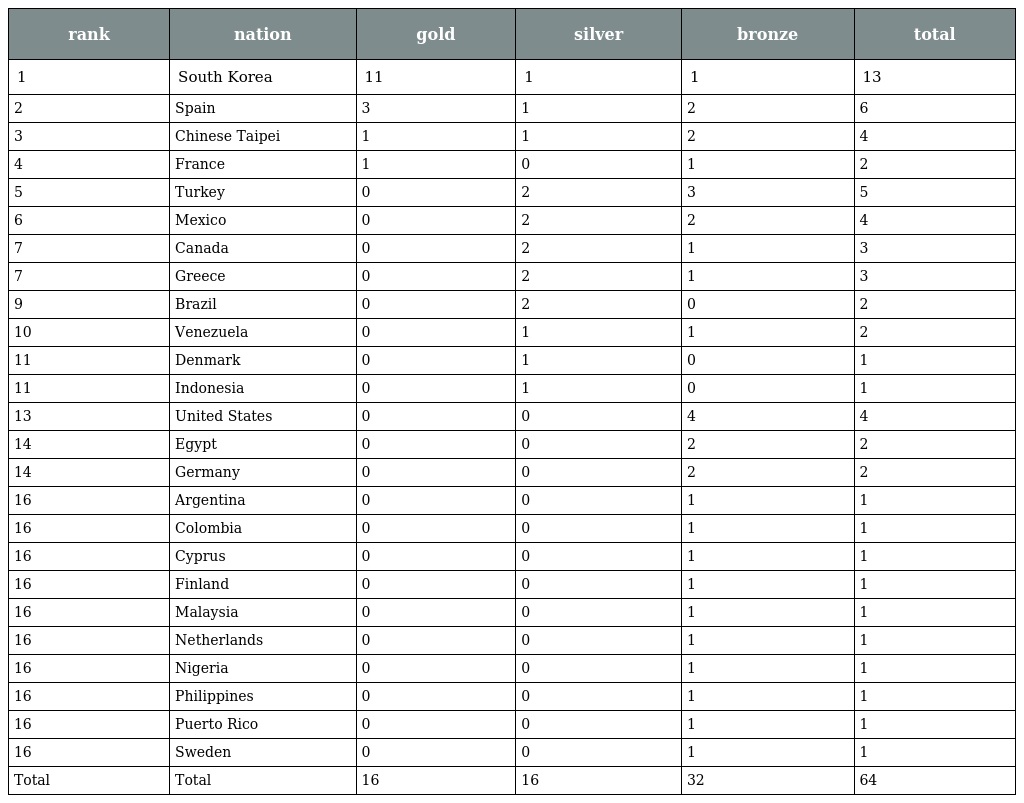
| rank | nation | gold | silver | bronze | total |
 | --- | --- | --- | --- | --- | --- |
 | 1 | South Korea | 11 | 1 | 1 | 13 |
 | 2 | Spain | 3 | 1 | 2 | 6 |
 | 3 | Chinese Taipei | 1 | 1 | 2 | 4 |
 | 4 | France | 1 | 0 | 1 | 2 |
 | 5 | Turkey | 0 | 2 | 3 | 5 |
 | 6 | Mexico | 0 | 2 | 2 | 4 |
 | 7 | Canada | 0 | 2 | 1 | 3 |
 | 7 | Greece | 0 | 2 | 1 | 3 |
 | 9 | Brazil | 0 | 2 | 0 | 2 |
 | 10 | Venezuela | 0 | 1 | 1 | 2 |
 | 11 | Denmark | 0 | 1 | 0 | 1 |
 | 11 | Indonesia | 0 | 1 | 0 | 1 |
 | 13 | United States | 0 | 0 | 4 | 4 |
 | 14 | Egypt | 0 | 0 | 2 | 2 |
 | 14 | Germany | 0 | 0 | 2 | 2 |
 | 16 | Argentina | 0 | 0 | 1 | 1 |
 | 16 | Colombia | 0 | 0 | 1 | 1 |
 | 16 | Cyprus | 0 | 0 | 1 | 1 |
 | 16 | Finland | 0 | 0 | 1 | 1 |
 | 16 | Malaysia | 0 | 0 | 1 | 1 |
 | 16 | Netherlands | 0 | 0 | 1 | 1 |
 | 16 | Nigeria | 0 | 0 | 1 | 1 |
 | 16 | Philippines | 0 | 0 | 1 | 1 |
 | 16 | Puerto Rico | 0 | 0 | 1 | 1 |
 | 16 | Sweden | 0 | 0 | 1 | 1 |
 | Total | Total | 16 | 16 | 32 | 64 |